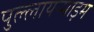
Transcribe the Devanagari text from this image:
पुल्लायप्पाड़म